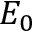
E _ { 0 }